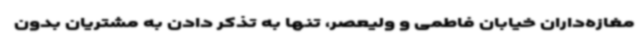
مغازه‌داران خیابان فاطمی و ولیعصر، تنها به تذکر دادن به مشتریان بدون